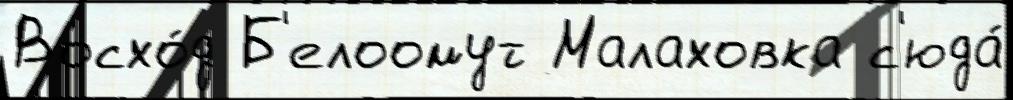
Восхо́д Б'елоомут Малаховка с'юда́